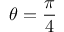
\theta = \frac { \pi } { 4 }